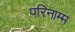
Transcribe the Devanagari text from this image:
परिनाम्म